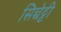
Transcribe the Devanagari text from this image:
सिच्चेट्टी